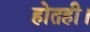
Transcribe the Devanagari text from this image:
होतही।